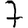
Digit: 7